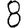
Digit: 8